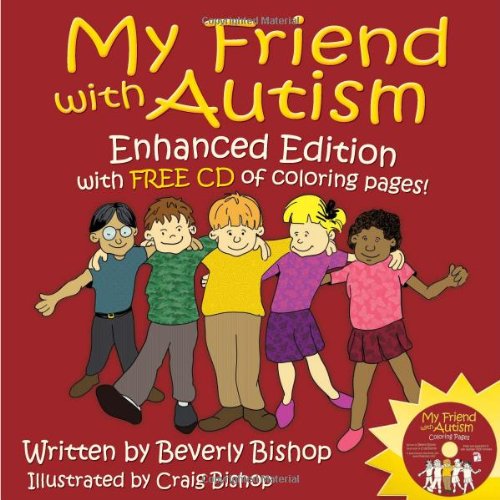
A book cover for My Friend with Autism: Enhanced Edition with FREE CD of Coloring Pages!; Beverly Bishop; Health, Fitness & Dieting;